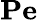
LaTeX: \textbf{Pe}